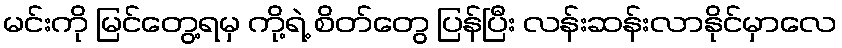
မင်းကို မြင်တွေ့ရမှ ကို့ရဲ့ စိတ်တွေ ပြန်ပြီး လန်းဆန်းလာနိုင်မှာလေ